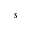
s